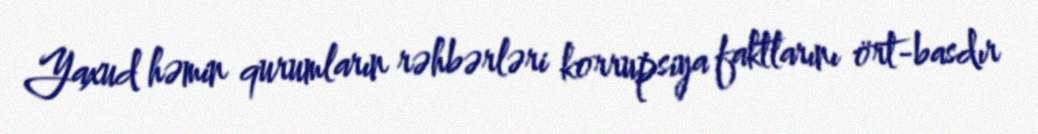
Yaxud həmin qurumların rəhbərləri korrupsiya faktlarını ört-basdır